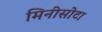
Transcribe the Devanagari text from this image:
मिनीसोटा